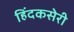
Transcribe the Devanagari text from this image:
हिंदकसेरी